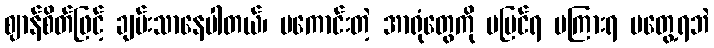
ဈာန်စိတ်ဖြင့် ချမ်းသာနေပါတယ်၊ မကောင်းတဲ့ အာရုံတွေကို မမြင်ရ မကြားရ မတွေ့ရဘဲ